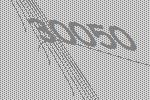
30050